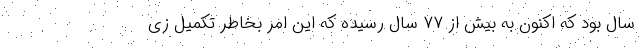
سال بود که اکنون به بیش از ۷۷ سال رسیده که این امر بخاطر تکمیل زی